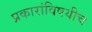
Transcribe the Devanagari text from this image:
प्रकारांविषयीच